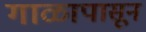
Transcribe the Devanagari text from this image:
गाळापासून